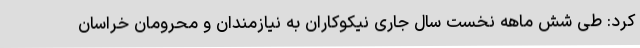
کرد: طی شش ماهه نخست سال جاری نیکوکاران به نیازمندان و محرومان خراسان‌